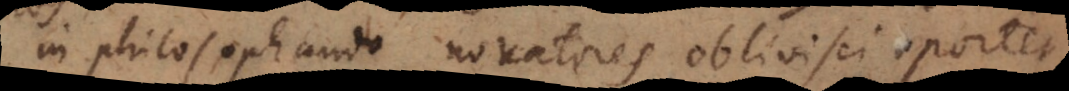
in philosophando novatores oblivisci oportet,